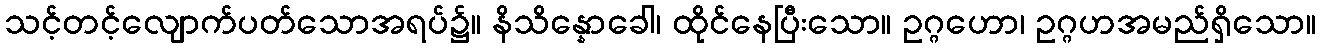
သင့်တင့်လျောက်ပတ်သောအရပ်၌။ နိသိန္နောခေါ၊ ထိုင်နေပြီးသော။ ဥဂ္ဂဟော၊ ဥဂ္ဂဟအမည်ရှိသော။